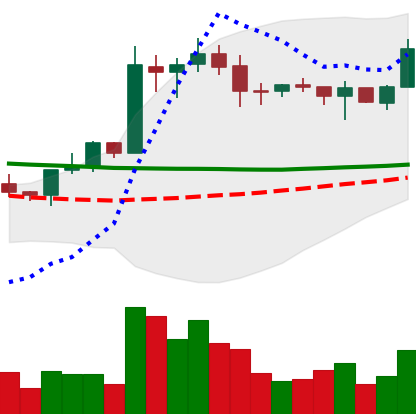
Ticker: EOS-USD
Chart end date: 2020-01-27
Forward return: 4.912%
Label: up_3_5